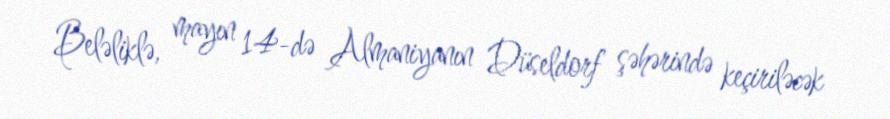
Beləliklə, mayın 14-də Almaniyanın Düseldorf şəhərində keçiriləcək